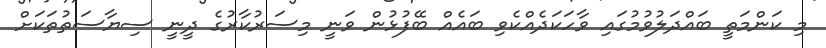
މި ކަންމަތީ ބައްދަލުވުމުގައި ވާހަކަދެއްކެވި ބައެއް ބޭފުޅުން ވަނީ މިސަރުކާރުގެ ދީނީ ސިޔާސަތުތަކަށް